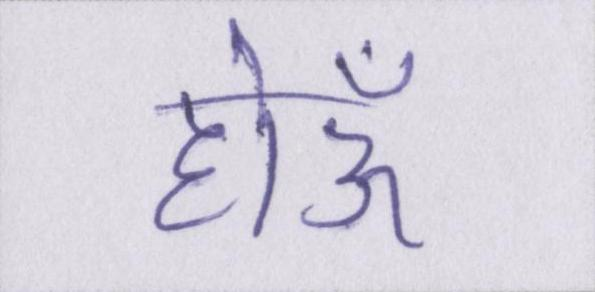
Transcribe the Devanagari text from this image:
होऊँ